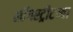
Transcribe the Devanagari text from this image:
लाँगस्ट्रीटच्या